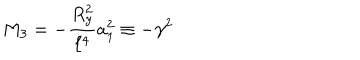
M _ { 3 } = - { \frac { R _ { y } ^ { 2 } } { \ell ^ { 4 } } } a _ { 1 } ^ { 2 } \equiv - \gamma ^ { 2 }